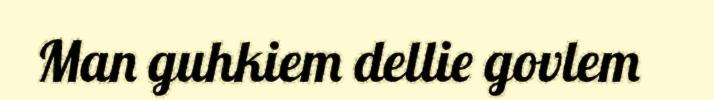
Man guhkiem dellie govlem